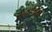
સવાલોથી